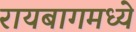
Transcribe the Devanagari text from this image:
रायबागमध्ये